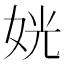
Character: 姯